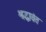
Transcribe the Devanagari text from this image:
श्रद्धावंत